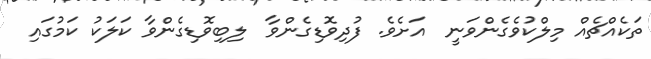
ތަކެއްޗެއް މިލްކުވެގެންވަނީ  އަށެވެ. ފުދިވޮޑިގެންވާ  ލިބިވޮޑިގެންވާ ކަލަކު ކަމުގައި